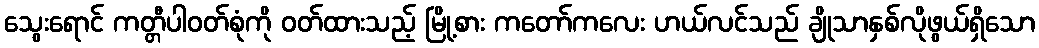
သွေးရောင် ကတ္တီပါဝတ်စုံကို ဝတ်ထားသည့် မြို့စား ကတော်ကလေး ဟယ်လင်သည် ချိုသာနှစ်လိုဖွယ်ရှိသော